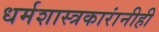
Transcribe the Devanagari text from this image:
धर्मशास्त्रकारांनीही